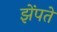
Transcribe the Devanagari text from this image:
झेंपते